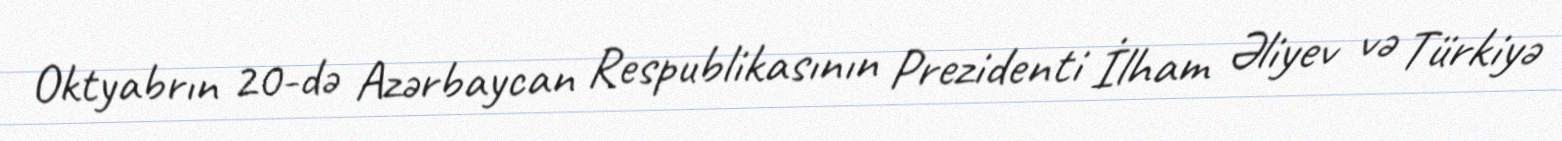
Oktyabrın 20-də Azərbaycan Respublikasının Prezidenti İlham Əliyev və Türkiyə